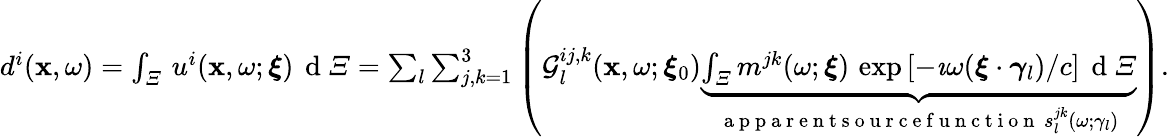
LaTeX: \begin{array}{r}{d^{i}(\mathbf{x},\omega)=\int_{\varXi}\, u^{i}(\mathbf{x},\omega;\boldsymbol{\xi})\, \mathrm{~d~}\varXi=\sum_{l}\sum_{j,k=1}^{3}\left(\mathcal{G}_{l}^{ij,k}(\mathbf{x},\omega;\boldsymbol{\xi}_{0})\underbrace{\int_{\varXi}m^{jk}(\omega;\boldsymbol{\xi})\, \exp{[-\imath\omega(\boldsymbol{\xi}\cdot\boldsymbol\gamma_{l})/c]}\, \mathrm{~d~}\varXi}_{\mathrm{~a~p~p~a~r~e~n~t~s~o~u~r~c~e~f~u~n~c~t~i~o~n~}\, s_{l}^{jk}(\omega;\gamma_{l})}\right).}\end{array}